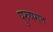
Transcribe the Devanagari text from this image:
पुरुषगत